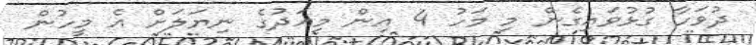
ދުވަހާ ގުޅުވައިގެން މި މަހު 4 އިން މިއަދުގެ ނިޔަލަށް އެ މީހުން